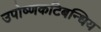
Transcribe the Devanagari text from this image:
उपोष्णकटिबन्धिय